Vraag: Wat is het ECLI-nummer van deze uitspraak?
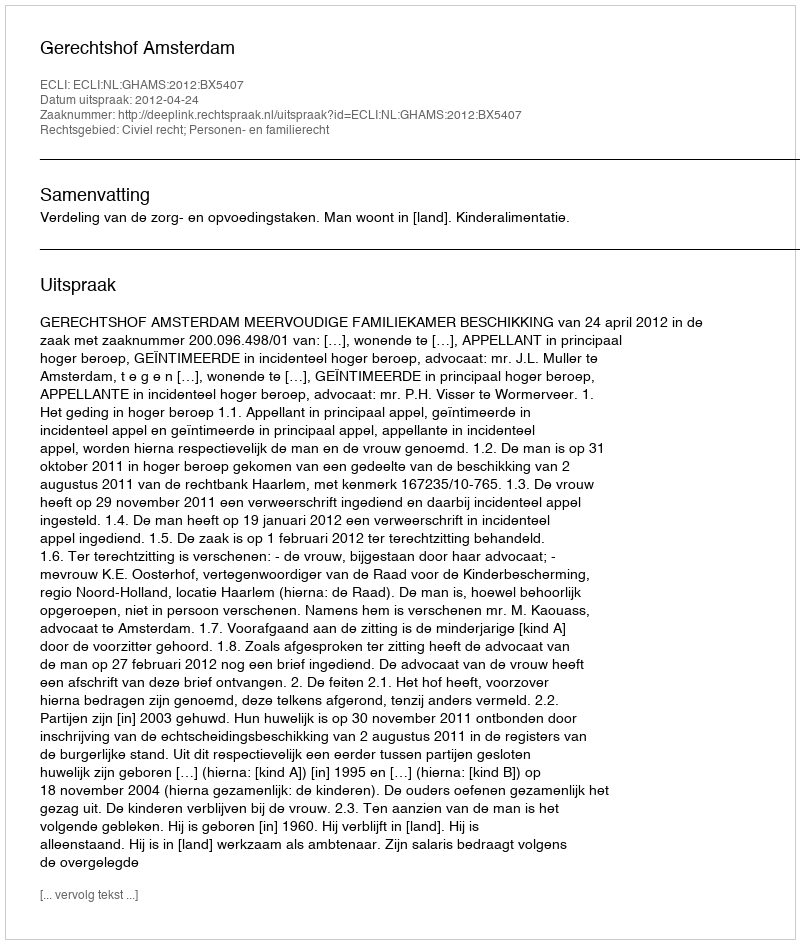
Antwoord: ECLI:NL:GHAMS:2012:BX5407